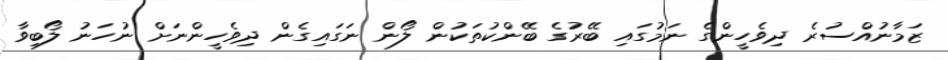
ޒަމާނުއްސުރެ ދިވެހީންގެ ނަމުގައި ބޭރުގެ ބޭންކުތަކުން ލޯން ނަގައިގެން ދިވެހީންނަށް ނުހަނު ލޯބިވާ